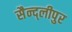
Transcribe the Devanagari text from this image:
सैन्द्लीपुर